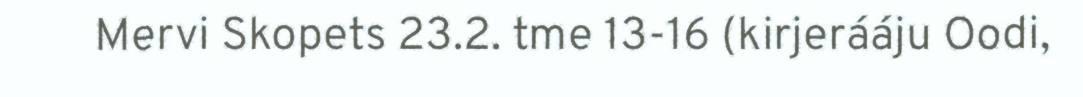
Mervi Skopets 23.2. tme 13-16 (kirjerááju Oodi,